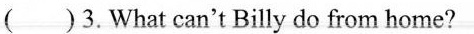
()3.What can't Billy do from home?